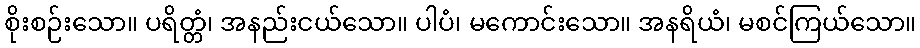
စိုးစဉ်းသော။ ပရိတ္တံ၊ အနည်းငယ်သော။ ပါပံ၊ မကောင်းသော။ အနရိယံ၊ မစင်ကြယ်သော။